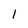
Character: l